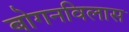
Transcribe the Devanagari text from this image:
बोगनविलास